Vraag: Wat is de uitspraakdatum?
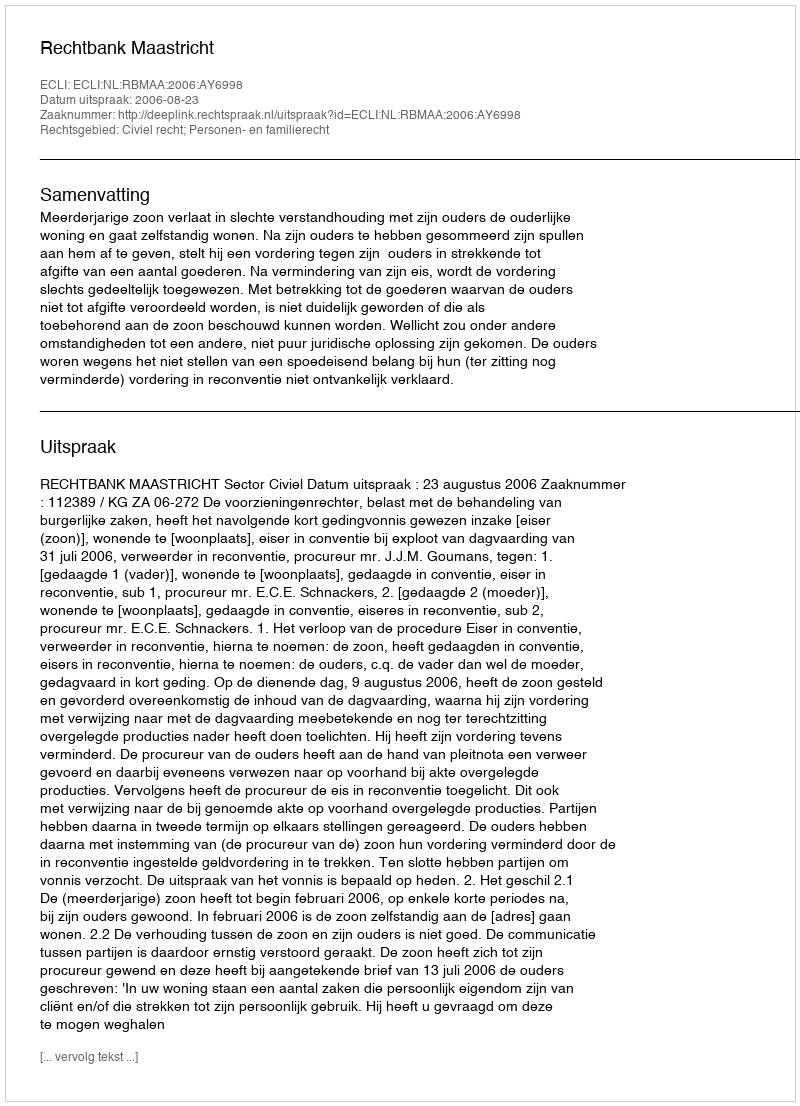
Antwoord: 2006-08-23